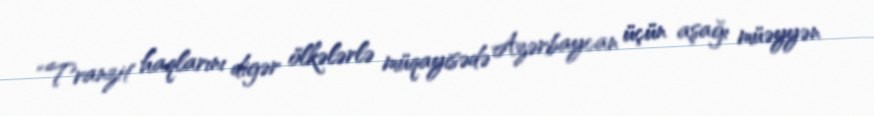
“Tranzit haqlarını digər ölkələrlə müqayisədə Azərbaycan üçün aşağı müəyyən